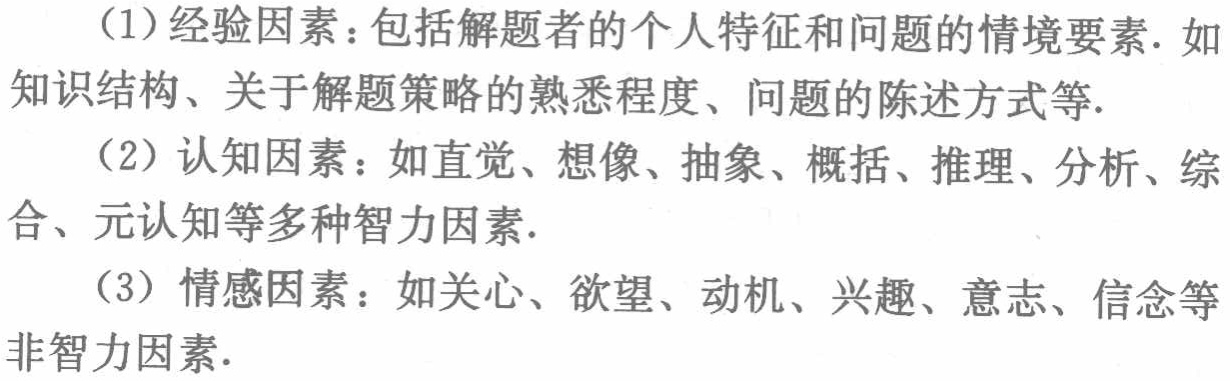
（1）经验因素：包括解题者的个人特征和问题的情境要素. 如知识结构、关于解题策略的熟悉程度、问题的陈述方式等.

（2）认知因素：如直觉、想像、抽象、概括、推理、分析、综合、元认知等多种智力因素.

（3）情感因素：如关心、欲望、动机、兴趣、意志、信念等非智力因素.